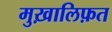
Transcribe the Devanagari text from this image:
मुख़ालिफ़त